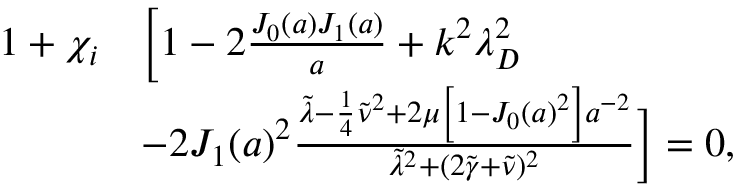
\begin{array} { r l } { 1 + \chi _ { i } } & { \bigg [ 1 - 2 \frac { J _ { 0 } ( a ) J _ { 1 } ( a ) } { a } + k ^ { 2 } \lambda _ { D } ^ { 2 } } \\ & { - 2 J _ { 1 } ( a ) ^ { 2 } \frac { \tilde { \lambda } - \frac { 1 } { 4 } \tilde { \nu } ^ { 2 } + 2 \mu \left[ 1 - J _ { 0 } ( a ) ^ { 2 } \right] a ^ { - 2 } } { \tilde { \lambda } ^ { 2 } + ( 2 \tilde { \gamma } + \tilde { \nu } ) ^ { 2 } } \bigg ] = 0 , } \end{array}